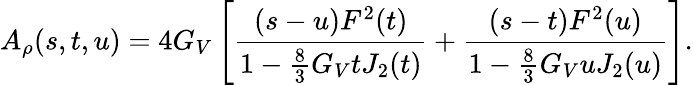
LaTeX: A_{\rho}(s,t,u)=4G_{V}\left[\frac{(s-u)F^{2}(t)}{1-\frac{8}{3}G_{V}tJ_{2}(t)}+\frac{(s-t)F^{2}(u)}{1-\frac{8}{3}G_{V}uJ_{2}(u)}\right].